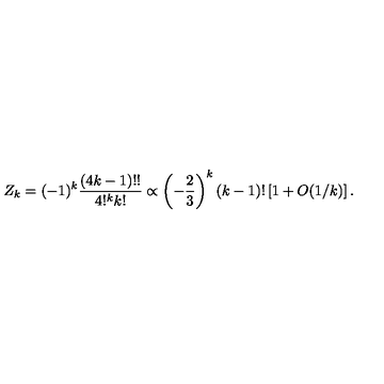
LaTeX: Z _ { k } = ( - 1 ) ^ { k } { \frac { ( 4 k - 1 ) ! ! } { 4 ! ^ { k } k ! } } \propto \left( - { \frac { 2 } { 3 } } \right) ^ { k } ( k - 1 ) ! \left[ 1 + O ( 1 / k ) \right] .